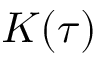
K ( \tau )